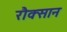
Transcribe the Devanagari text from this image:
रौक्सान